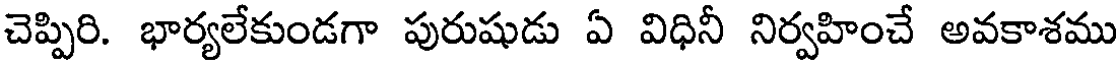
చెప్పిరి. భార్యలేకుండగా పురుషుడు ఏ విధినీ నిర్వహించే అవకాశము